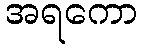
အရကော